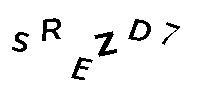
SREZD7